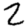
Digit: 2